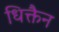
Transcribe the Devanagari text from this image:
धिक्तैन